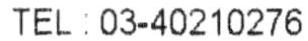
TEL : 03-40210276